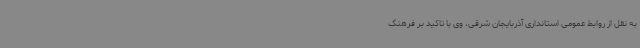
به نقل از روابط عمومی استانداری آذربایجان شرقی، وی با تاکید بر فرهنگ